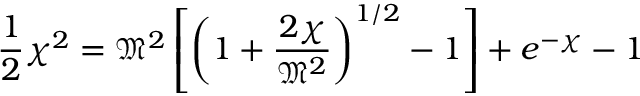
{ \frac { 1 } { 2 } } \chi ^ { 2 } = { \mathfrak { M } } ^ { 2 } \left[ \left( 1 + { \frac { 2 \chi } { { \mathfrak { M } } ^ { 2 } } } \right) ^ { 1 / 2 } - 1 \right] + e ^ { - \chi } - 1